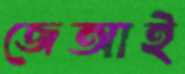
জেআই